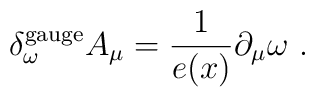
\delta_\omega^{\rm gauge} A_\mu = \frac 1{e(x)} \partial_\mu \omega\ .